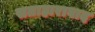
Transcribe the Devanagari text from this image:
सताहाराबाद